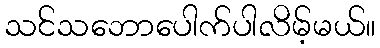
သင်သဘောပေါက်ပါလိမ့်မယ်။